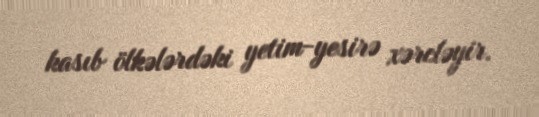
kasıb ölkələrdəki yetim-yesirə xərcləyir.